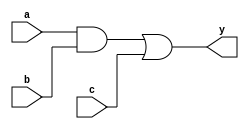
`timescale 1ns / 1ps
//////////////////////////////////////////////////////////////////////////////////
// Company: 
// Engineer: 
// 
// Design Name: 
// Module Name: test1
// Project Name: 
// Target Devices: 
// Tool Versions: 
// Description: 
// 
// Dependencies: 
// 
// Revision:
// Revision 0.01 - File Created
// Additional Comments:
// 
//////////////////////////////////////////////////////////////////////////////////


module test1(a,b,c,y);

    input a,b,c;
    output y;
    
    assign y = (a&b)|c;

endmodule